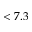
< 7 . 3